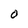
Character: 0